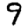
Digit: 9